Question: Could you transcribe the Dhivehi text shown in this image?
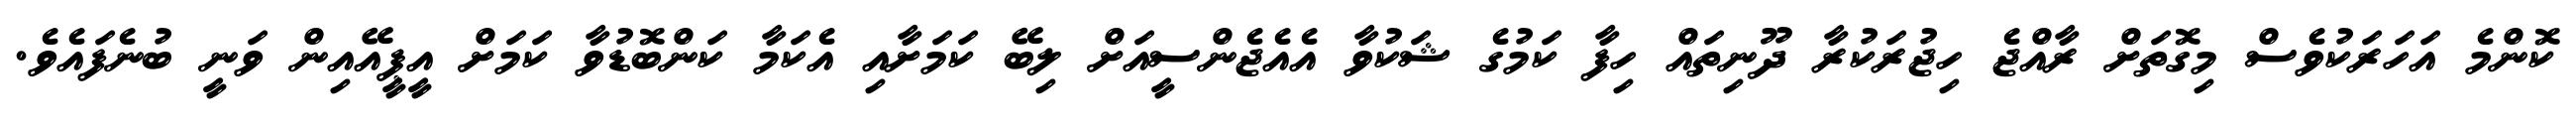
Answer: ކޮންމެ އަހަރަކުވެސް މިގޮތަށް ރާއްޖެ ހިޖުރަކުރާ ދޫނިތައް ހިފާ ކަމުގެ ޝަކުވާ އެއެޖެންސީއަށް ލިބޭ ކަމަށާއި އެކަމާ ކަންބޮޑުވާ ކަމަށް އީޕީއޭއިން ވަނީ ބުނެފައެވެ.